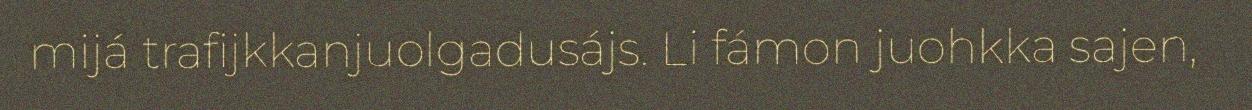
mijá trafijkkanjuolgadusájs. Li fámon juohkka sajen,